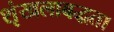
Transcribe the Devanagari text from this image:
शृंखलाबद्धता